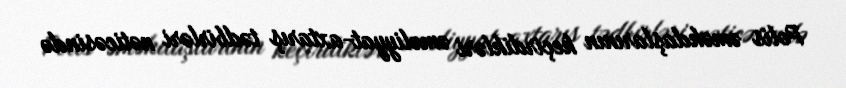
Polis əməkdaşlarının keçirdikləri əməliyyat-axtarış tədbirləri nəticəsində